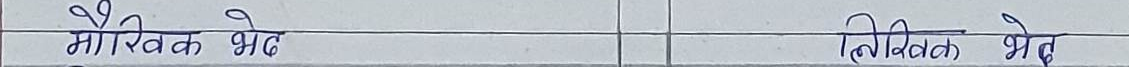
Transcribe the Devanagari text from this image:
मौखिक भेद       लिखित भेद